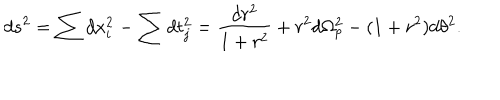
LaTeX: d s ^ { 2 } = \sum d x _ { i } ^ { 2 } - \sum d t _ { j } ^ { 2 } = \frac { d r ^ { 2 } } { 1 + r ^ { 2 } } + r ^ { 2 } d \Omega _ { p } ^ { 2 } - ( 1 + r ^ { 2 } ) d \theta ^ { 2 } .